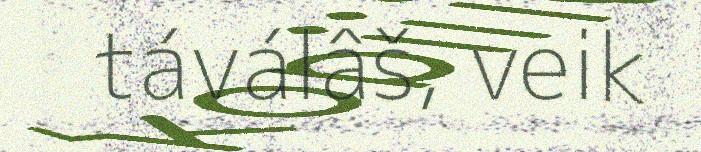
táválâš, veik